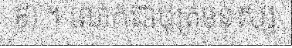
៩) ។ លោកជាបុត្រមនុស្ស